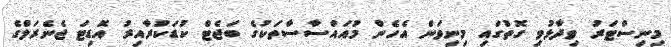
މިނިސްޓަރު ވިދާޅުވި ގޮތުގައި މިނިވަން އެހެން މުއައްސާސާތަކުގެ ބަޖެޓް ކުޑަކުރާއިރު އޮޑިޓަ ޖެނެރަލްގެ